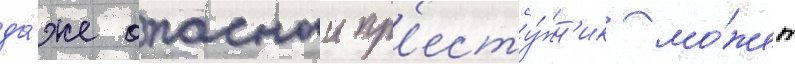
да́же опасныи пр'есту́пн'ик мо́жет